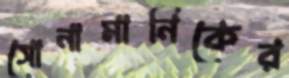
সোনামানিকের